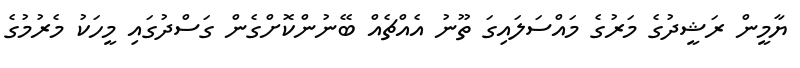
ޔާމީން ރަޝީދުގެ މަރުގެ މައްސަލައިގަ ތޫނު އެއްޗެއް ބޭނުންކޮށްގެން ގަސްދުގައި މީހަކު މެރުމުގެ